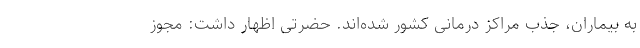
به بیماران، جذب مراکز درمانی کشور شده‌اند. حضرتی اظهار داشت: مجوز